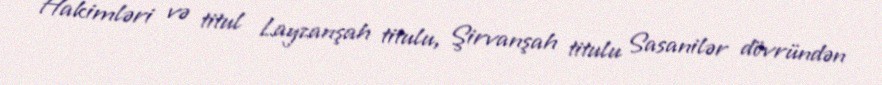
Hakimləri və titul Layzanşah titulu, Şirvanşah titulu Sasanilər dövründən